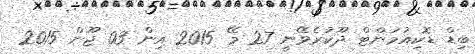
ބިޑް ޑޮކިއުމަންޓް ދޫކުރެވޭނީ 27 މޭ 2015 އިން 03 ޖޫން 2015